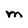
Character: M